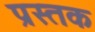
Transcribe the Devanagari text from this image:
प्रस्तक